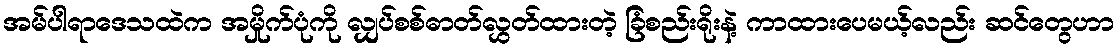
အမ်ပါရာဒေသထဲက အမှိုက်ပုံကို လျှပ်စစ်ဓာတ်လွှတ်ထားတဲ့ ခြံစည်းရိုးနဲ့ ကာထားပေမယ့်လည်း ဆင်တွေဟာ